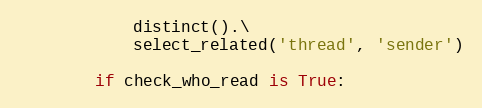
Language: Python
            distinct().\
            select_related('thread', 'sender')

        if check_who_read is True: